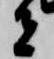
者